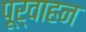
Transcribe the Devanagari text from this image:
पूर्वाहन